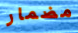
مضمار